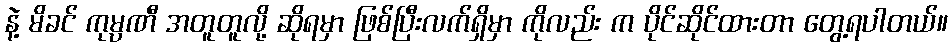
နဲ့ မိခင် ကုမ္ပဏီ အတူတူလို့ ဆိုရမှာ ဖြစ်ပြီးလက်ရှိမှာ ကိုလည်း က ပိုင်ဆိုင်ထားတာ တွေ့ရပါတယ်။